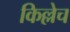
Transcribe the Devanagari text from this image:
किल्लेच